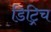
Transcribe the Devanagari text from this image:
डिट्रिच